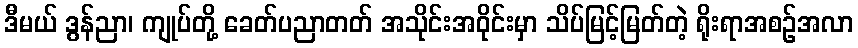
ဒီမယ် ဒွန်ညာ၊ ကျုပ်တို့ ခေတ်ပညာတတ် အသိုင်းအဝိုင်းမှာ သိပ်မြင့်မြတ်တဲ့ ရိုးရာအစဉ်အလာ